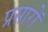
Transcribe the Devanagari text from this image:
प्रसारों